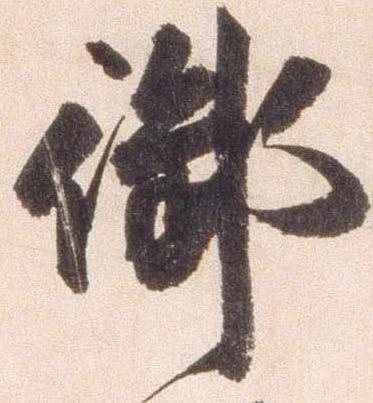
御